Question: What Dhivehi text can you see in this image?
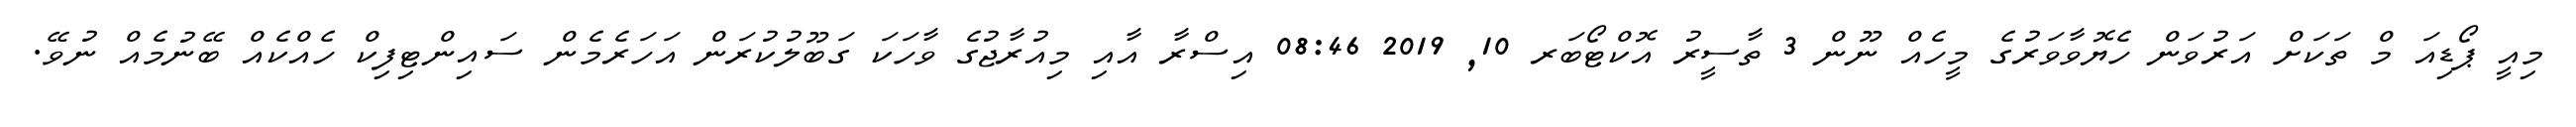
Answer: މިއީ ޕޯޑިއަ މް ތަކަށް އަރުވަން ހެޔޮވާވަރުގެ މީހެއް ނޫން 3 ތާސީރު އޮކްޓޯބަރ 10, 2019 08:46 އިސްރާ އާއި މިއުރާޖުގެ ވާހަކަ ގަބޫލުކުރަން އަހަރެމެން ސައިންޓިފިކް ހެއްކެއް ބޭނުމެއް ނުވޭ.